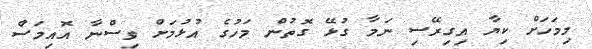
މިމަހަށް ކިޔާ އިގިރޭސި ނަމާ ގުޅޭ ގޮތުން މަހުގެ އުޅުމަށް ވިސްނާ އޮއިމަސް